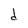
Character: d